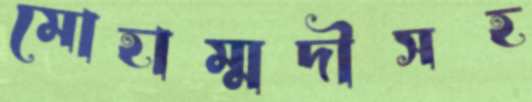
মোহাম্মদীসহ